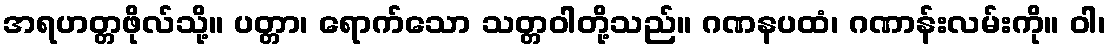
အရဟတ္တဖိုလ်သို့။ ပတ္တာ၊ ရောက်သော သတ္တဝါတို့သည်။ ဂဏနပထံ၊ ဂဏာန်းလမ်းကို။ ဝါ၊